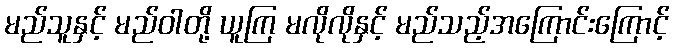
မည်သူနှင့် မည်ဝါတို့ ယူကြ မလိုလိုနှင့် မည်သည့်အကြောင်းကြောင့်